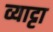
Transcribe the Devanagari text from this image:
व्याट्टा